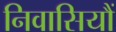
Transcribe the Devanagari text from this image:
निवासियौं